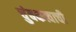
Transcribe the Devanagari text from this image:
चुंबकत्वाची